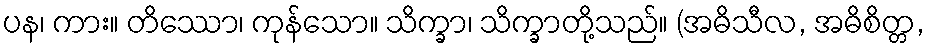
ပန၊ ကား။ တိဿော၊ ကုန်သော။ သိက္ခာ၊ သိက္ခာတို့သည်။ (အဓိသီလ, အဓိစိတ္တ,